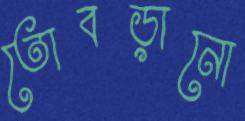
তোবড়ানো